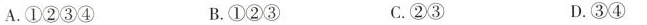
A.①②③④ B.①②③ C.②③ D.③④